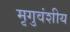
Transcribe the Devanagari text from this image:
मृगुवंशीय